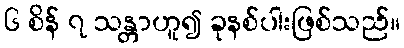
၆ စိန် ၇ သန္တာဟူ၍ ခုနစ်ပါးဖြစ်သည်။